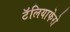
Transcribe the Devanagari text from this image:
टॅलियाफेरो